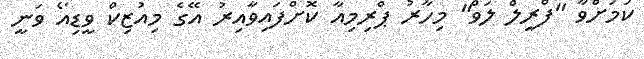
ކަމަށްވާ "ފްރީލް ލަވް" މިހާރު ޕްރިމިއާ ކޮށްފައިވާއިރު އޭގެ މިއުޒިކް ވީޑިއޯ ވަނީ